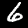
Digit: 6